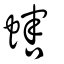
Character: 螛